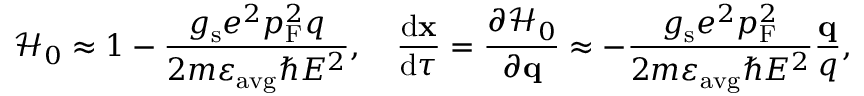
\mathcal { H } _ { 0 } \approx 1 - \frac { g _ { \mathrm { s } } e ^ { 2 } p _ { \mathrm { F } } ^ { 2 } q } { 2 m \varepsilon _ { \mathrm { a v g } } \hbar E ^ { 2 } } , \quad \frac { \mathrm { d } \mathbf { x } } { \mathrm { d } \tau } = \frac { \partial \mathcal { H } _ { 0 } } { \partial \mathbf { q } } \approx - \frac { g _ { \mathrm { s } } e ^ { 2 } p _ { \mathrm { F } } ^ { 2 } } { 2 m \varepsilon _ { \mathrm { a v g } } \hbar E ^ { 2 } } \frac { \mathbf { q } } { q } ,